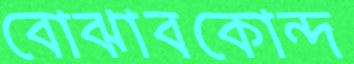
বোঝাবকোন্দ